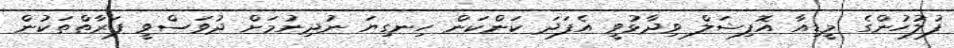
ފުލުހުންގެ މީޑިއާ އޮފިޝަލް ވިދާޅުވީ އެފަދަ ކަންކަން ހިނގިޔަ ނުދިނުމަށް ދުވަސްވީ ފަރާތްތަކުން